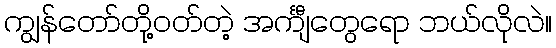
ကျွန်တော်တို့ဝတ်တဲ့ အင်္ကျီတွေရော ဘယ်လိုလဲ။